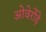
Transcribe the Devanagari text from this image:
ओवेर्रोड़े